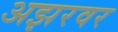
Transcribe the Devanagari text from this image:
अझरवर